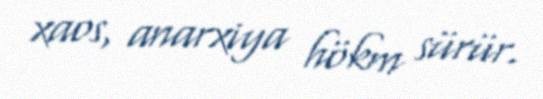
xaos, anarxiya hökm sürür.